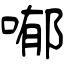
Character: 喐